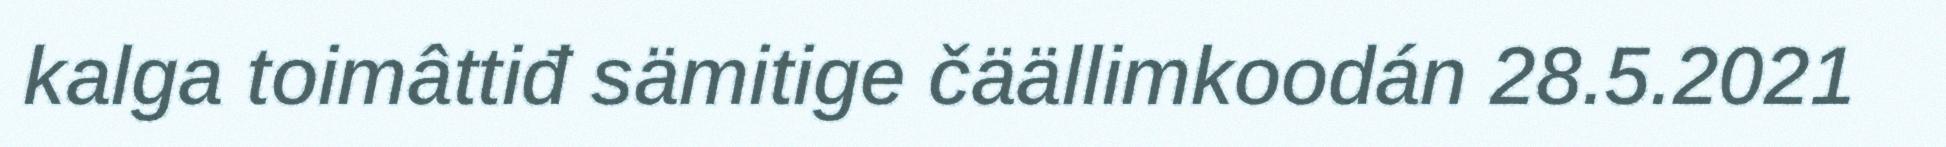
kalga toimâttiđ sämitige čäällimkoodán 28.5.2021